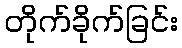
တိုက်ခိုက်ခြင်း